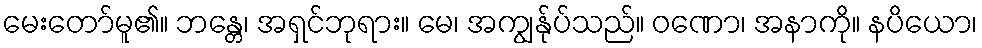
မေးတော်မူ၏။ ဘန္တေ၊ အရှင်ဘုရား။ မေ၊ အကျွန်ုပ်သည်။ ဝဏော၊ အနာကို။ နပိယော၊